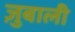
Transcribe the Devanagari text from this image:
ज़ुबाली